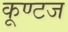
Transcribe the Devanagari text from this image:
कूण्टज